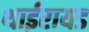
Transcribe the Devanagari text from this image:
थाईरायड